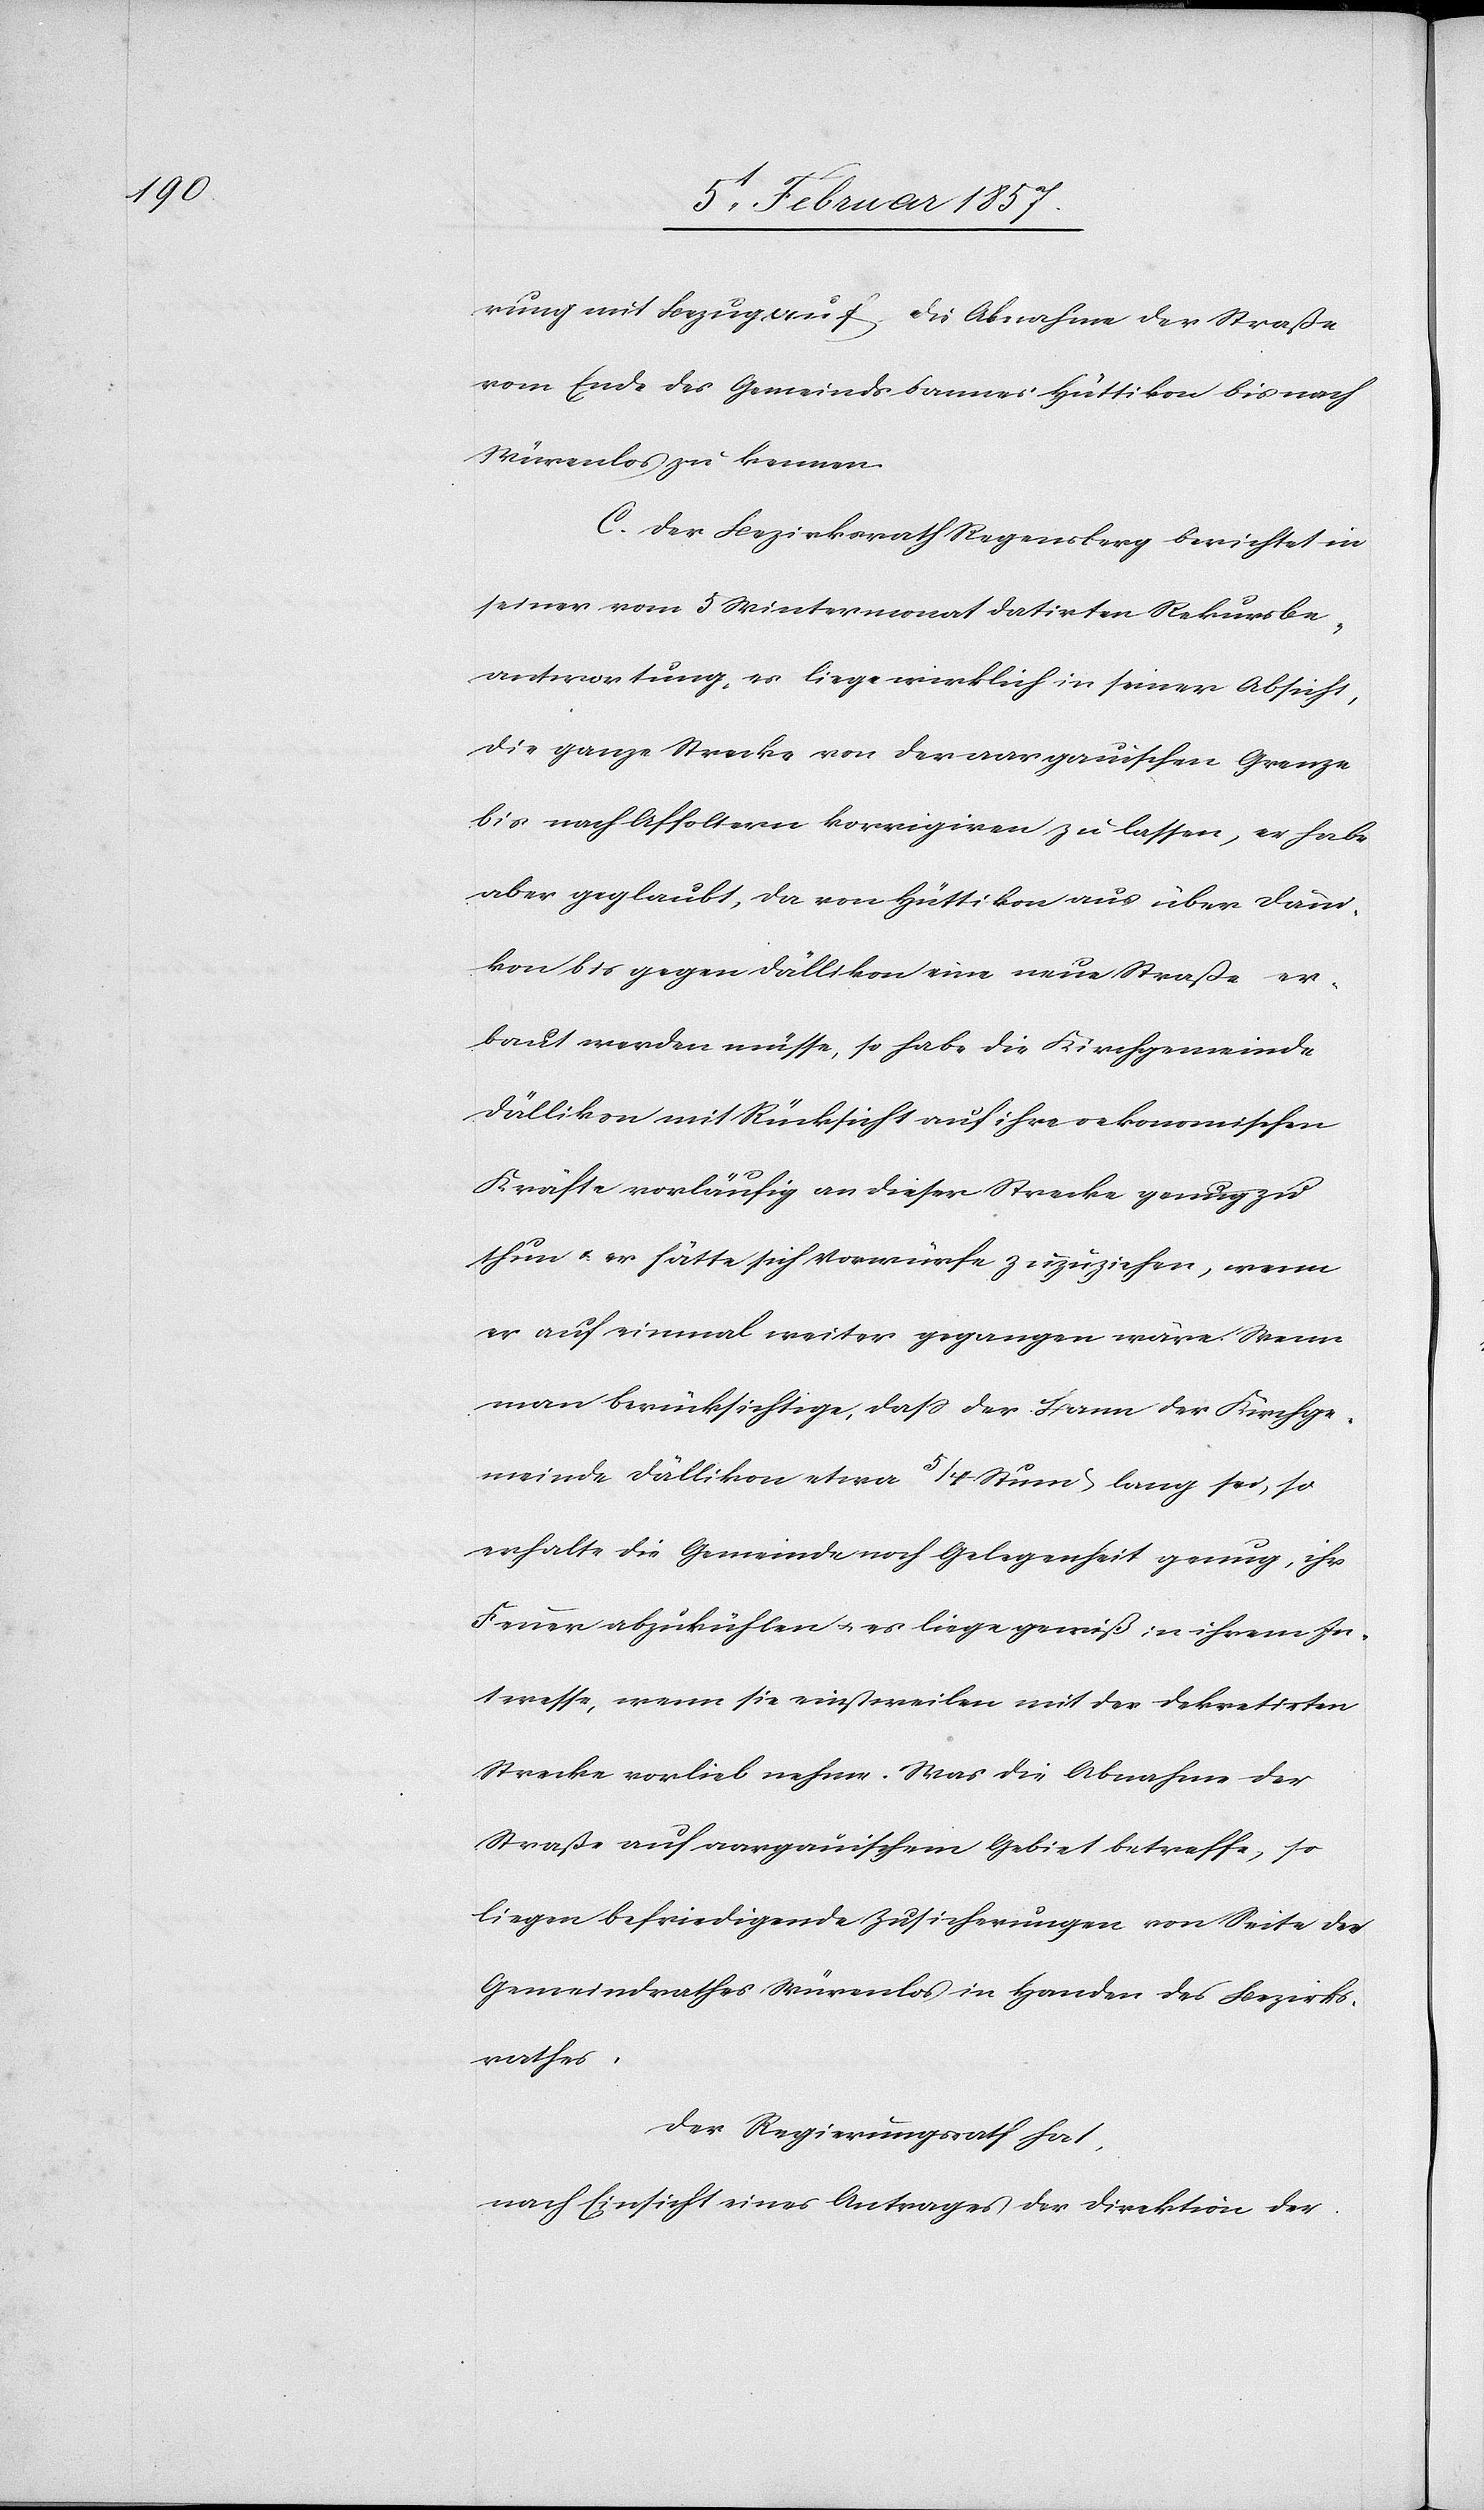
rung mit Bezug auf die Abnahme der Straße
vom Ende des Gemeindsbannes Hüttikon bis nach
Würelos zu kennen.
C. Der Bezirksrath Regensberg berichtet in
seiner vom 5 Wintermonat datirten Rekursbe¬
antwortung, es liege wirklich in seiner Absicht
die ganze Strecke von der aargauischen Grenze
bis nach Affoltern korrigieren zu lassen, er habe
aber geglaubt, da von Hüttikon aus über Däni¬
kon bis gegen Dällikon eine neue Straße er¬
baut werden müsse, so habe die Kirchgemeinde
Dällikon mit Rücksicht auf ihre oekonomischen
Kräfte vorläufig an dieser Strecke genug zu
thun u. er hätte sich Vorwürfe zuzuziehen, wenn
er auf einmal weiter gegangen wäre. Wenn
man berücksichtige, daß der Bann der Kirchge¬
meinde Dällikon etwa 5/4 Stund lang sei, so
erhalte die Gemeinde noch Gelegenheit genug, ihr
Fenner abzukühlen u. es liege gewiß in ihrem In¬
teresse, wenn sie einstweilen mit der dekretirten
Strecke vorlieb nehme. Was die Abnahme der
Straße auf aargauischem Gebiete betreffe, so
liegen befriedigende Zusicherungen von Seiten des
Gemeindrathes Würenlos in Handen des Bezirks¬
rathes.
Der Regierungsrath hat,
nach Einsicht eines Antrages der Direktion der